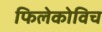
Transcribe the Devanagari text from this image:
फिलेकोविच